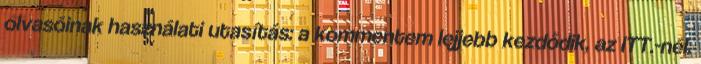
olvasóinak használati utasítás: a kommentem lejjebb kezdődik, az ITT.-nél.